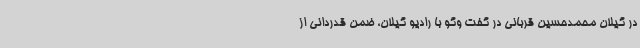
در گیلان محمدحسین قربانی در گفت وگو با رادیو گیلان، ضمن قدردانی از